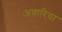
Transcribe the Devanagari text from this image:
अवारिया